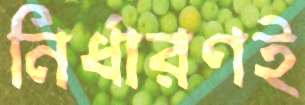
নির্ধারণই